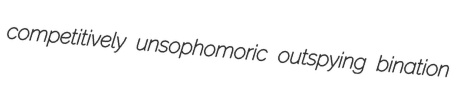
competitively unsophomoric outspying bination